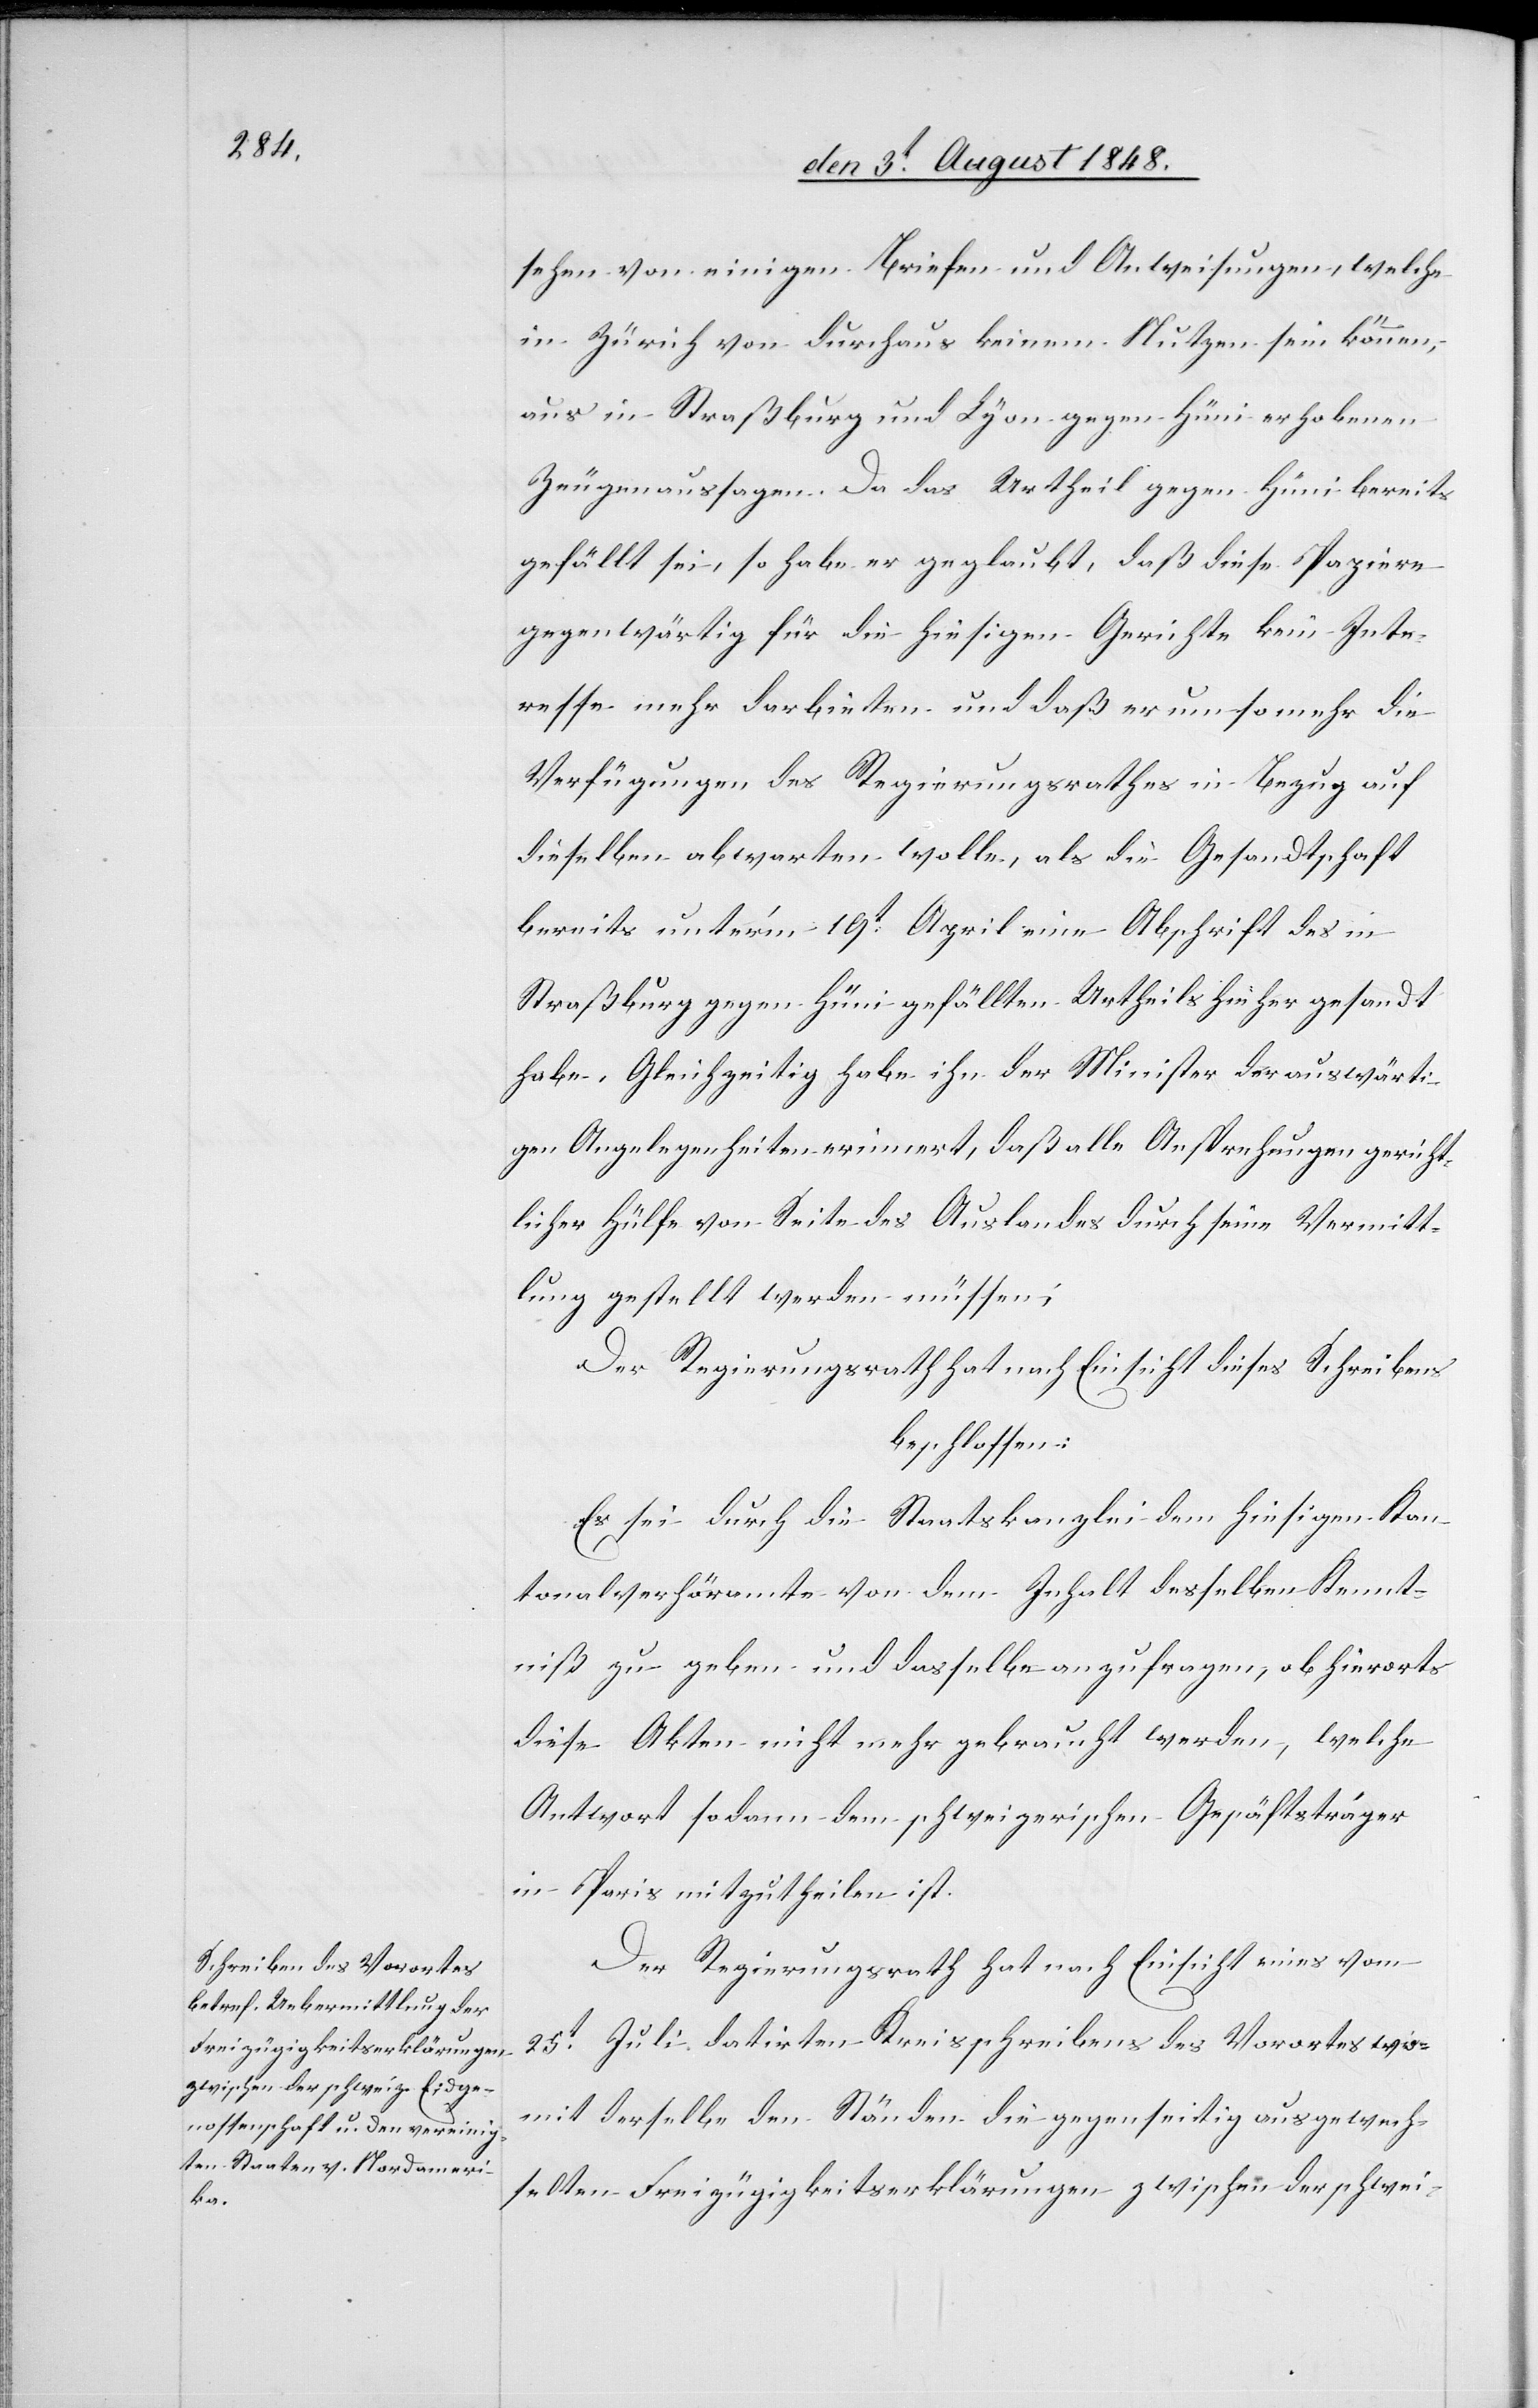
sehen von einigen Briefen und Anweisungen, welche
in Zürich von durchaus keinem Nutzen sein können,
aus in Straßburg und Lyon gegen Hüni erhobenen
Zeugenaussagen. Da das Urtheil gegen Hüni bereits
gefällt sei, so habe er geglaubt, daß diese Papiere
gegenwärtig für die hiesigen Gerichte kein Inte¬
resse mehr darbieten und daß er um so mehr die
Verfügungen des Regierungsrathes in Bezug auf
dieselben abwarten wolle, als die Gesandtschaft
bereits unter’m 19t April eine Abschrift des in
Straßburg gegen Hüni gefällten Urtheils hieher gesandt
habe. Gleichzeitig habe ihn der Minister der auswärti¬
gen Angelegenheiten erinnert, daß alle Ansprechungen gericht¬
licher Hülfe von Seite des Auslandes durch seine Vermitt¬
lung gestellt werden müsse;
Der Regierungsrath hat nach Einsicht dieses Schreibens
beschlossen:
Es sei durch die Staatskanzlei dem hiesigen Kan¬
tonalverhöramte von dem Inhalt desselben Kennt¬
niß zu geben und dasselbe anzufragen, ob hierorts
diese Akten nicht mehr gebraucht werden, welche
Antwort sodann dem schweizerischen Geschäftsträger
in Paris mitzutheilen ist.
Der Regierungsrath hat nach Einsicht eines vom
25t Juli datirten Kreisschreibens des Vorortes wo¬
mit derselbe den Ständen die gegenseitig ausgewech¬
selten Freizügigkeitserklärungen zwischen der schwei-